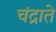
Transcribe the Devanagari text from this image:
चंद्राते